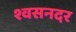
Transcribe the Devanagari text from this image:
श्वसनदर